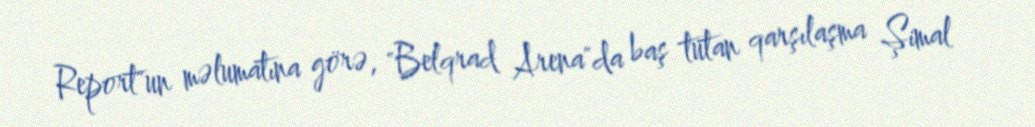
Report"un məlumatına görə, "Belqrad Arena"da baş tutan qarşılaşma Şimal